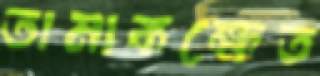
তামাকক্ষেত